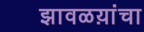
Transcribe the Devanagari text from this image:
झावळय़ांचा